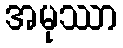
အမုဿာ